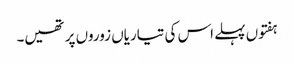
ہفتوں پہلے اس کی تیاریاں زوروں پر تھیں۔